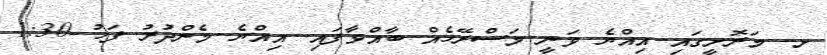
ށ. މަރޮށީގައި އިއްޔެ ވަނީ މަސްރޭހެއް ބާއްވާފައި. އިއްޔެ މެންދުރު ފަހު 1:30